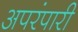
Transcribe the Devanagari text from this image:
अपरंपारी